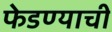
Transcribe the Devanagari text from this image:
फेडण्याची